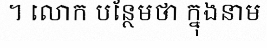
។ លោក បន្ថែមថា ក្នុងនាម